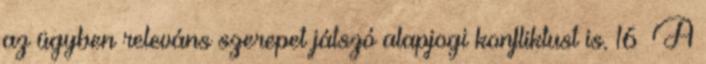
az ügyben releváns szerepet játszó alapjogi konfliktust is. 16 A